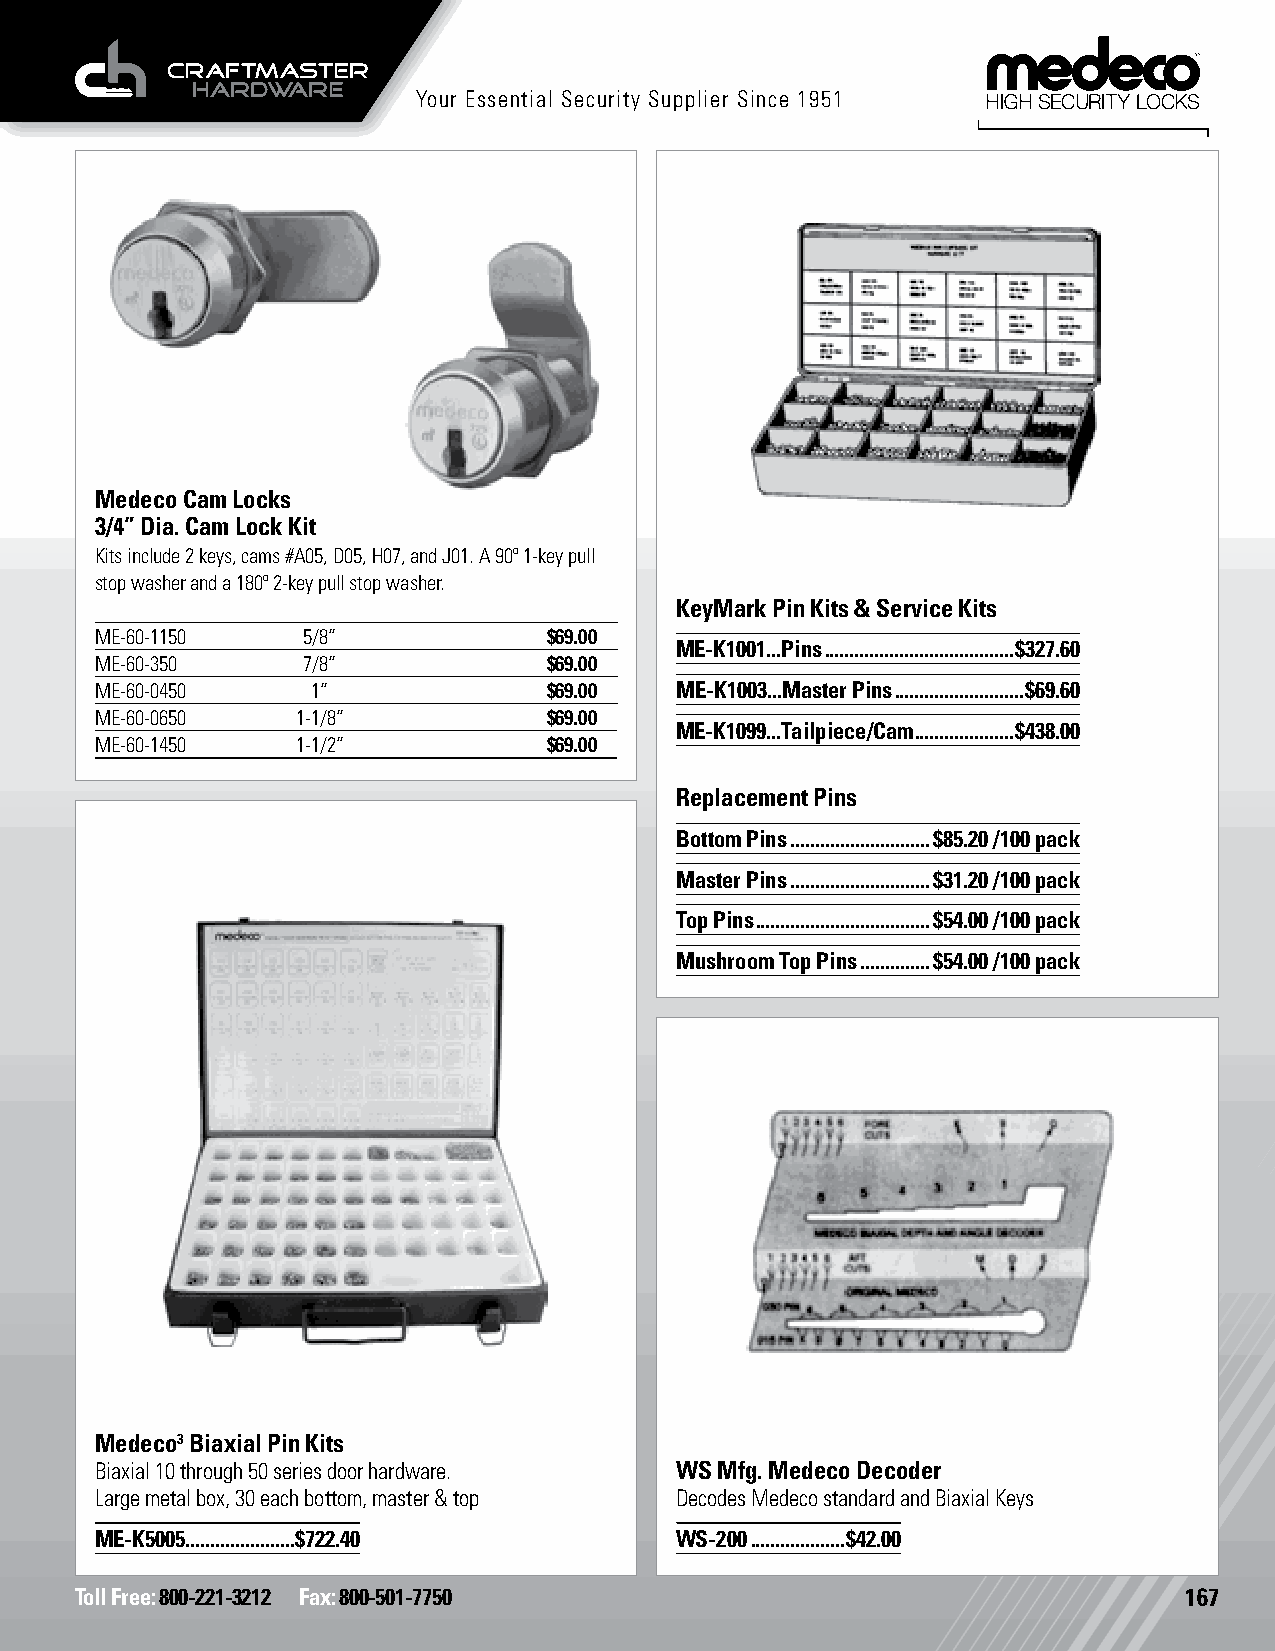
Your Essential Security Supplier Since 1951
 Medeco Cam Locks
 3/4” Dia. Cam Lock Kit
 Kits include 2 keys, cams #A05, D05, H07, and J01. A 90º 1-key pull
 stop washer and a 180º 2-key pull stop washer.
 KeyMark Pin Kits & Service Kits
 ME-60-1150    5/8”            $69.00
 ME-K1001...Pins ......................................$327.60
 ME-60-350     7/8”            $69.00
 ME-60-0450     1”             $69.00   ME-K1003...Master Pins ..........................$69.60
 ME-60-0650    1-1/8”          $69.00
 ME-K1099...Tailpiece/Cam ....................$438.00
 ME-60-1450    1-1/2”          $69.00
 Replacement Pins
 Bottom Pins ............................$85.20 /100 pack
 Master Pins ............................$31.20 /100 pack
 Top Pins ...................................$54.00 /100 pack
 Mushroom Top Pins ..............$54.00 /100 pack
 Medeco3 Biaxial Pin Kits
 Biaxial 10 through 50 series door hardware. WS Mfg. Medeco Decoder
 Large metal box, 30 each bottom, master & top Decodes Medeco standard and Biaxial Keys
 ME-K5005......................$722.40  WS-200 ...................$42.00
 Toll Free: 800-221-3212 Fax: 800-501-7750                                167